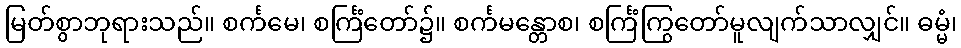
မြတ်စွာဘုရားသည်။ စင်္ကမေ၊ စင်္ကြံတော်၌။ စင်္ကမန္တောစ၊ စင်္ကြံကြွတော်မူလျက်သာလျှင်။ ဓမ္မံ၊